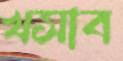
খসাব